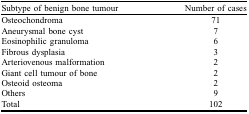
| Subtype of benign bone tumour | Number of cases |
 | --- | --- |
 | Osteochondroma | 71 |
 | Aneurysmal bone cyst | 7 |
 | Eosinophilic granuloma | 6 |
 | Fibrous dysplasia | 3 |
 | Arteriovenous malformation | 2 |
 | Giant cell tumour of bone | 2 |
 | Osteoid osteoma | 2 |
 | Others | 9 |
 | Total | 102 |